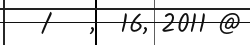
/